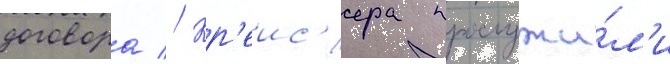
договора // Кр'еис'ера прослужи́л'и